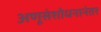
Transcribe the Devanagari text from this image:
अणूसंशोधनानंतर